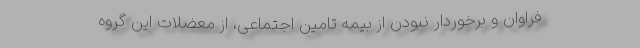
فراوان و برخوردار نبودن از بیمه تامین اجتماعی، از معضلات این گروه